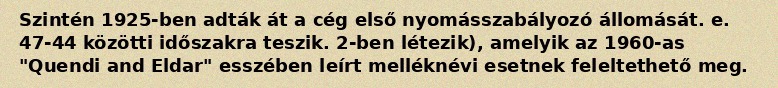
Szintén 1925-ben adták át a cég első nyomásszabályozó állomását. e. 47-44 közötti időszakra teszik. 2-ben létezik), amelyik az 1960-as "Quendi and Eldar" esszében leírt melléknévi esetnek feleltethető meg.